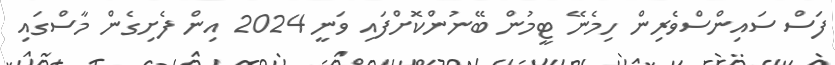
ފަސް ސައިންސްވެރިން ހިމެނޭ ޓީމުން ބޭނުންކޮށްފައި ވަނީ 2024 އިން ފެށިގެން މާސްގައި